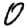
Digit: 0